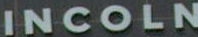
INCOLN